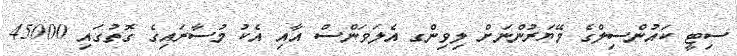
ސިޓީ ކައުންސިލްގެ މޭޔަރުންނަށް ލިވިންގ އެލަވަންސް އާއި އެކު މުސާރައިގެ ގޮތުގައި 45000